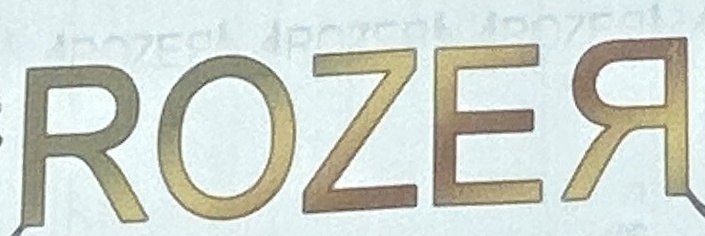
ROZER